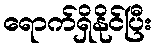
ရောက်ရှိနိုင်ပြီး